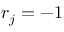
r _ { j } = - 1